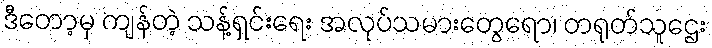
ဒီတော့မှ ကျန်တဲ့ သန့်ရှင်းရေး အလုပ်သမားတွေရော၊ တရုတ်သူဌေး